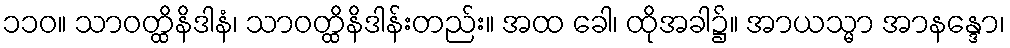
၁၁၀။ သာဝတ္ထိနိဒါနံ၊ သာဝတ္ထိနိဒါန်းတည်း။ အထ ခေါ၊ ထိုအခါ၌။ အာယသ္မာ အာနန္ဒော၊